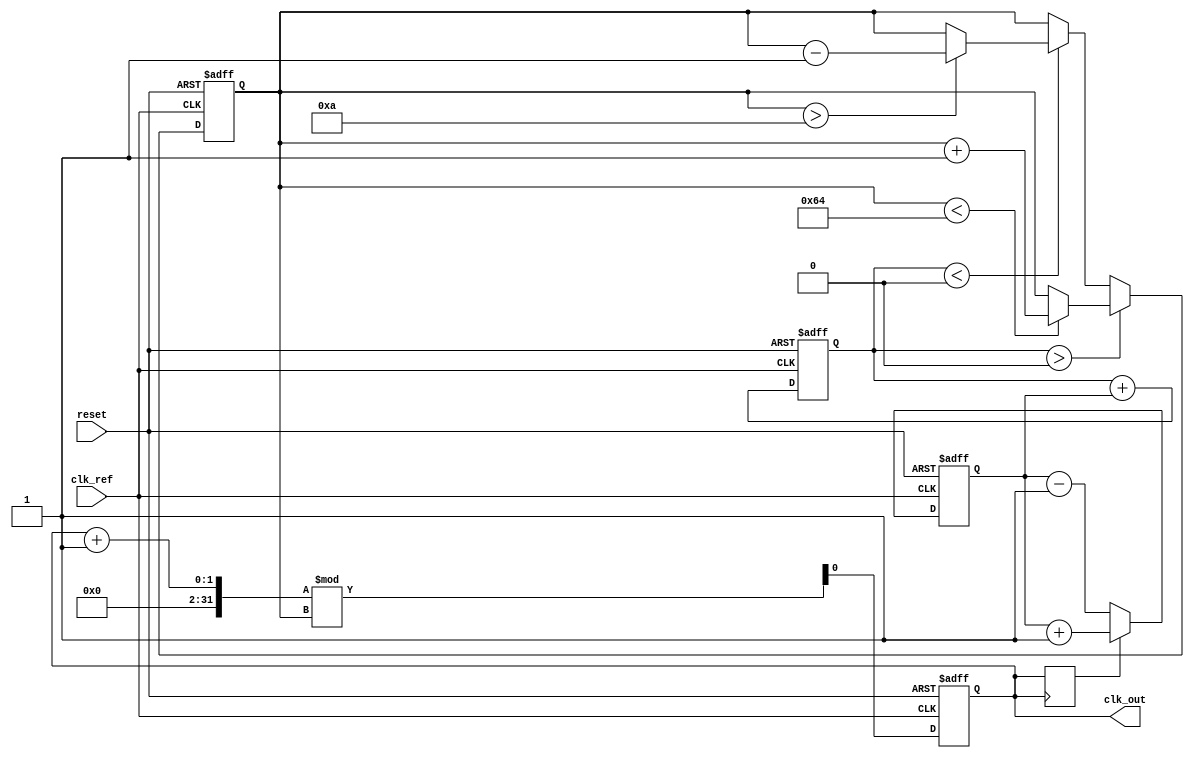
module continuous_time_PLL (
    input wire clk_ref,         // Reference clock input
    input wire reset,           // Reset signal
    output reg clk_out          // Output clock
);

// Parameters for VCO
parameter VCO_MAX_FREQ = 100; // Maximum frequency of VCO
parameter VCO_MIN_FREQ = 10;  // Minimum frequency of VCO
parameter VCO_STEP = 1;       // Frequency step for VCO adjustment

// Internal signals
reg [31:0] vco_freq;           // Current VCO frequency
reg [31:0] phase_error;        // Phase error signal
reg [31:0] control_voltage;    // Control voltage for VCO
reg clk_feedback;              // Feedback clock signal

// Simple Phase Detector
always @(posedge clk_ref or posedge reset) begin
    if (reset) begin
        phase_error <= 0;
    end else begin
        // Assuming clk_feedback is sampled at clk_ref
        if (clk_feedback) begin
            phase_error <= phase_error + 1; // Increment error if feedback clock is high
        end else begin
            phase_error <= phase_error - 1; // Decrement error if feedback clock is low
        end
    end
end

// Loop Filter (first-order)
always @(posedge clk_ref or posedge reset) begin
    if (reset) begin
        control_voltage <= 0;
    end else begin
        control_voltage <= control_voltage + phase_error; // Integrate phase error
    end
end

// Voltage-Controlled Oscillator (VCO)
always @(posedge clk_ref or posedge reset) begin
    if (reset) begin
        vco_freq <= VCO_MIN_FREQ; // Initialize to minimum frequency
        clk_out <= 0;
    end else begin
        // Adjust VCO frequency based on control voltage
        if (control_voltage > 0) begin
            if (vco_freq < VCO_MAX_FREQ) begin
                vco_freq <= vco_freq + VCO_STEP; // Increase frequency
            end
        end else if (control_voltage < 0) begin
            if (vco_freq > VCO_MIN_FREQ) begin
                vco_freq <= vco_freq - VCO_STEP; // Decrease frequency
            end
        end

        // Generate output clock based on VCO frequency
        clk_out <= (clk_out + 1) % vco_freq; // Simple clock divider for demonstration
    end
end

// Feedback path (for simulation purposes)
always @(posedge clk_out) begin
    clk_feedback <= clk_out; // Feedback the output clock
end

endmodule